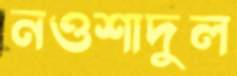
নওশাদুল